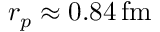
r _ { p } \approx 0 . 8 4 \, \mathrm { f m }